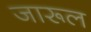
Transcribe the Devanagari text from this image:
जारूल